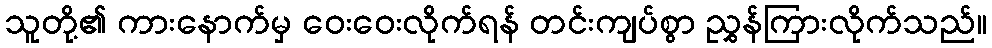
သူတို့၏ ကားနောက်မှ ဝေးဝေးလိုက်ရန် တင်းကျပ်စွာ ညွှန်ကြားလိုက်သည်။